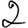
Digit: 2